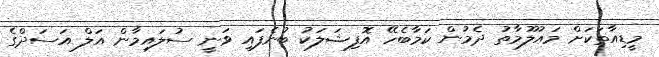
މީޑިއާތަކަށް މައުލޫމާތު ދެމުން ކަމާބެހޭ އޮފިޝަލަކު ބުނެފައި ވަނީ ސުލައިމާން އަލް އަސަދްގެ